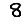
Digit: 8